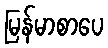
မြန်မာစာပေ